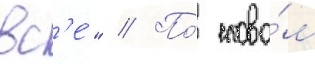
вс'е́" // По́ слова́м